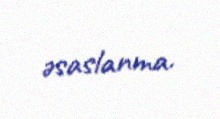
əsaslanma.